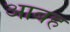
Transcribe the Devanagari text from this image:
आबह